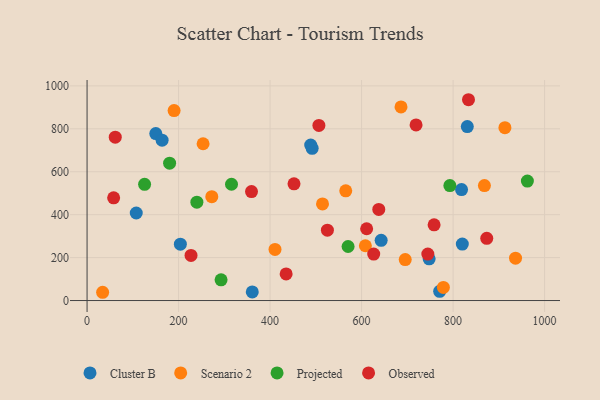
{"axis": {"x": "Price", "y": "Yield"}, "legend": ["Cluster B", "Observed", "Projected", "Scenario 2"], "data": [{"x": "150.2", "y": 777.7, "type": "Cluster B"}, {"x": "488.8", "y": 724.7, "type": "Cluster B"}, {"x": "831.1", "y": 810.3, "type": "Cluster B"}, {"x": "820.2", "y": 263.2, "type": "Cluster B"}, {"x": "361.1", "y": 39.9, "type": "Cluster B"}, {"x": "164.0", "y": 747.1, "type": "Cluster B"}, {"x": "203.9", "y": 262.8, "type": "Cluster B"}, {"x": "818.5", "y": 517.1, "type": "Cluster B"}, {"x": "642.8", "y": 280.7, "type": "Cluster B"}, {"x": "770.7", "y": 42.8, "type": "Cluster B"}, {"x": "747.7", "y": 194.5, "type": "Cluster B"}, {"x": "107.5", "y": 407.7, "type": "Cluster B"}, {"x": "492.0", "y": 709.3, "type": "Cluster B"}, {"x": "190.2", "y": 884.8, "type": "Scenario 2"}, {"x": "272.6", "y": 483.9, "type": "Scenario 2"}, {"x": "34.0", "y": 38.5, "type": "Scenario 2"}, {"x": "778.8", "y": 61.3, "type": "Scenario 2"}, {"x": "608.3", "y": 255.2, "type": "Scenario 2"}, {"x": "868.5", "y": 535.6, "type": "Scenario 2"}, {"x": "936.5", "y": 197.5, "type": "Scenario 2"}, {"x": "695.4", "y": 190.9, "type": "Scenario 2"}, {"x": "913.3", "y": 805.4, "type": "Scenario 2"}, {"x": "686.2", "y": 902.1, "type": "Scenario 2"}, {"x": "565.4", "y": 511.2, "type": "Scenario 2"}, {"x": "514.6", "y": 449.9, "type": "Scenario 2"}, {"x": "253.6", "y": 730.3, "type": "Scenario 2"}, {"x": "410.8", "y": 238.2, "type": "Scenario 2"}, {"x": "180.4", "y": 639.7, "type": "Projected"}, {"x": "292.9", "y": 96.4, "type": "Projected"}, {"x": "240.0", "y": 458.3, "type": "Projected"}, {"x": "793.0", "y": 535.7, "type": "Projected"}, {"x": "962.4", "y": 556.3, "type": "Projected"}, {"x": "315.7", "y": 541.8, "type": "Projected"}, {"x": "570.5", "y": 251.7, "type": "Projected"}, {"x": "125.7", "y": 541.3, "type": "Projected"}, {"x": "758.5", "y": 352.6, "type": "Observed"}, {"x": "525.3", "y": 327.9, "type": "Observed"}, {"x": "506.7", "y": 816.0, "type": "Observed"}, {"x": "833.7", "y": 935.5, "type": "Observed"}, {"x": "452.3", "y": 543.7, "type": "Observed"}, {"x": "227.2", "y": 210.2, "type": "Observed"}, {"x": "873.6", "y": 289.6, "type": "Observed"}, {"x": "626.5", "y": 216.3, "type": "Observed"}, {"x": "719.1", "y": 818.3, "type": "Observed"}, {"x": "61.6", "y": 761.1, "type": "Observed"}, {"x": "359.4", "y": 507.4, "type": "Observed"}, {"x": "744.8", "y": 216.4, "type": "Observed"}, {"x": "58.1", "y": 478.7, "type": "Observed"}, {"x": "611.1", "y": 334.5, "type": "Observed"}, {"x": "637.6", "y": 424.4, "type": "Observed"}, {"x": "435.1", "y": 124.0, "type": "Observed"}]}